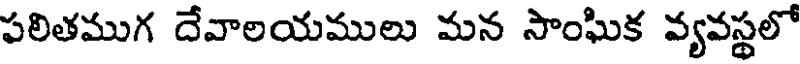
పలితముగ దేవాలయములు మన సాంఘిక వ్యవస్థలో